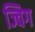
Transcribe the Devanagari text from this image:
ज्विग